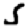
Digit: 5